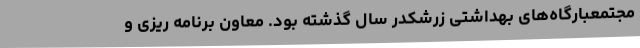
مجتمعبارگاه‌های بهداشتی زرشکدر سال گذشته بود. معاون برنامه ریزی و